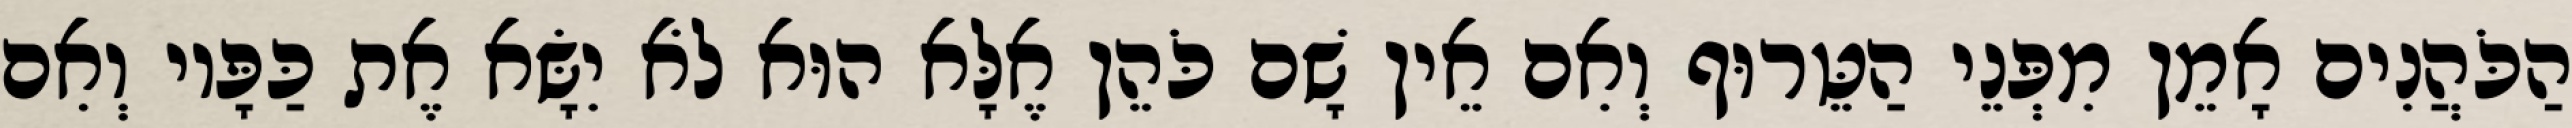
הַכֹּהֲנִים אָמֵן מִפְּנֵי הַטֵּרוּף וְאִם אֵין שָׁם כֹּהֵן אֶלָּא הוּא לֹא יִשָּׂא אֶת כַּפָּיו וְאִם